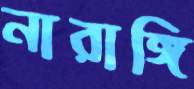
নারাঙ্গি